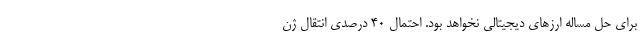
برای حل مساله ارزهای دیجیتالی نخواهد بود. احتمال ۴۰ درصدی انتقال ژن